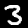
Label: 3